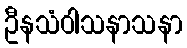
ဦနသံဝါသနာသနာ